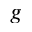
g